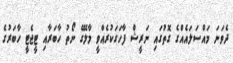
ދެވަނަ މައްސަލައެއްގެ ގޮތުގައި ނަރީޝް ފާހަގަކުރެއްވީ މާލޭގެ ނޯތު ހާބަރާއި ޓީޖެޓީ ހާބަރުގެ